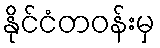
နိုင်ငံတဝန်းမှ